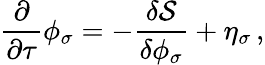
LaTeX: \frac{\partial}{\partial\tau}\phi_{\sigma}=-\frac{\delta\mathcal{S}}{\delta\phi_{\sigma}}+\eta_{\sigma}\, ,